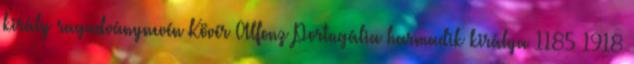
király ragadványnevén Kövér Alfonz Portugália harmadik királya 1185 1918